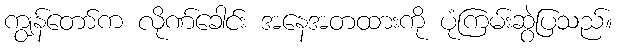
ကျွန်တော်က လိုဏ်ခေါင်း အနေအတထားကို ပုံကြမ်းဆွဲပြသည်။